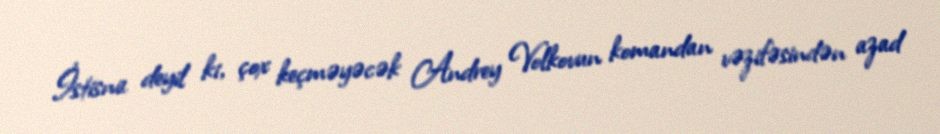
İstisna deyil ki, çox keçməyəcək Andrey Volkovun komandan vəzifəsindən azad